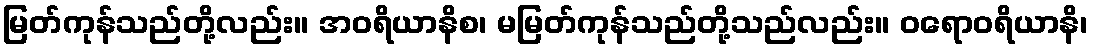
မြတ်ကုန်သည်တို့လည်း။ အဝရိယာနိစ၊ မမြတ်ကုန်သည်တို့သည်လည်း။ ဝရောဝရိယာနိ၊